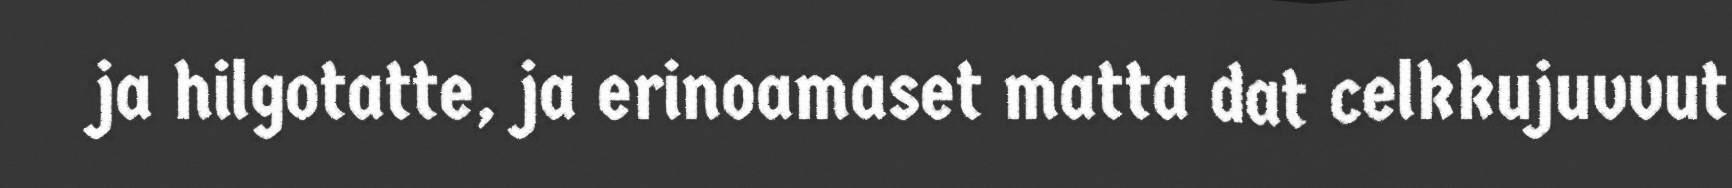
ja hilgotatte, ja erinoamaset matta dat celkkujuvvut